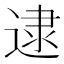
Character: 逮